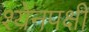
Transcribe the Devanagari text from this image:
श्येनपक्षी